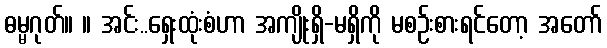
ဓမ္မဂုတ်။ ။ အင်း..ရှေးထုံးစံဟာ အကျိုးရှိ-မရှိကို မစဉ်းစားရင်တော့ အတော်